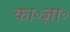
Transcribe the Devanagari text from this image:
का॰ज्ञा॰